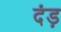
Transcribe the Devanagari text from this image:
दंड़